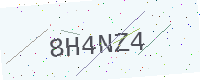
Text: 8H4NZ4